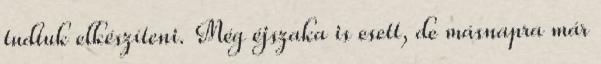
tudtuk elkészíteni. Még éjszaka is esett, de másnapra már